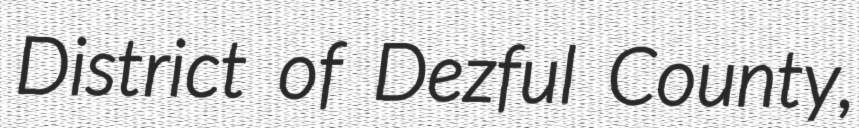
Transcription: District of Dezful County,